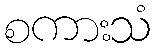
စကားသံ